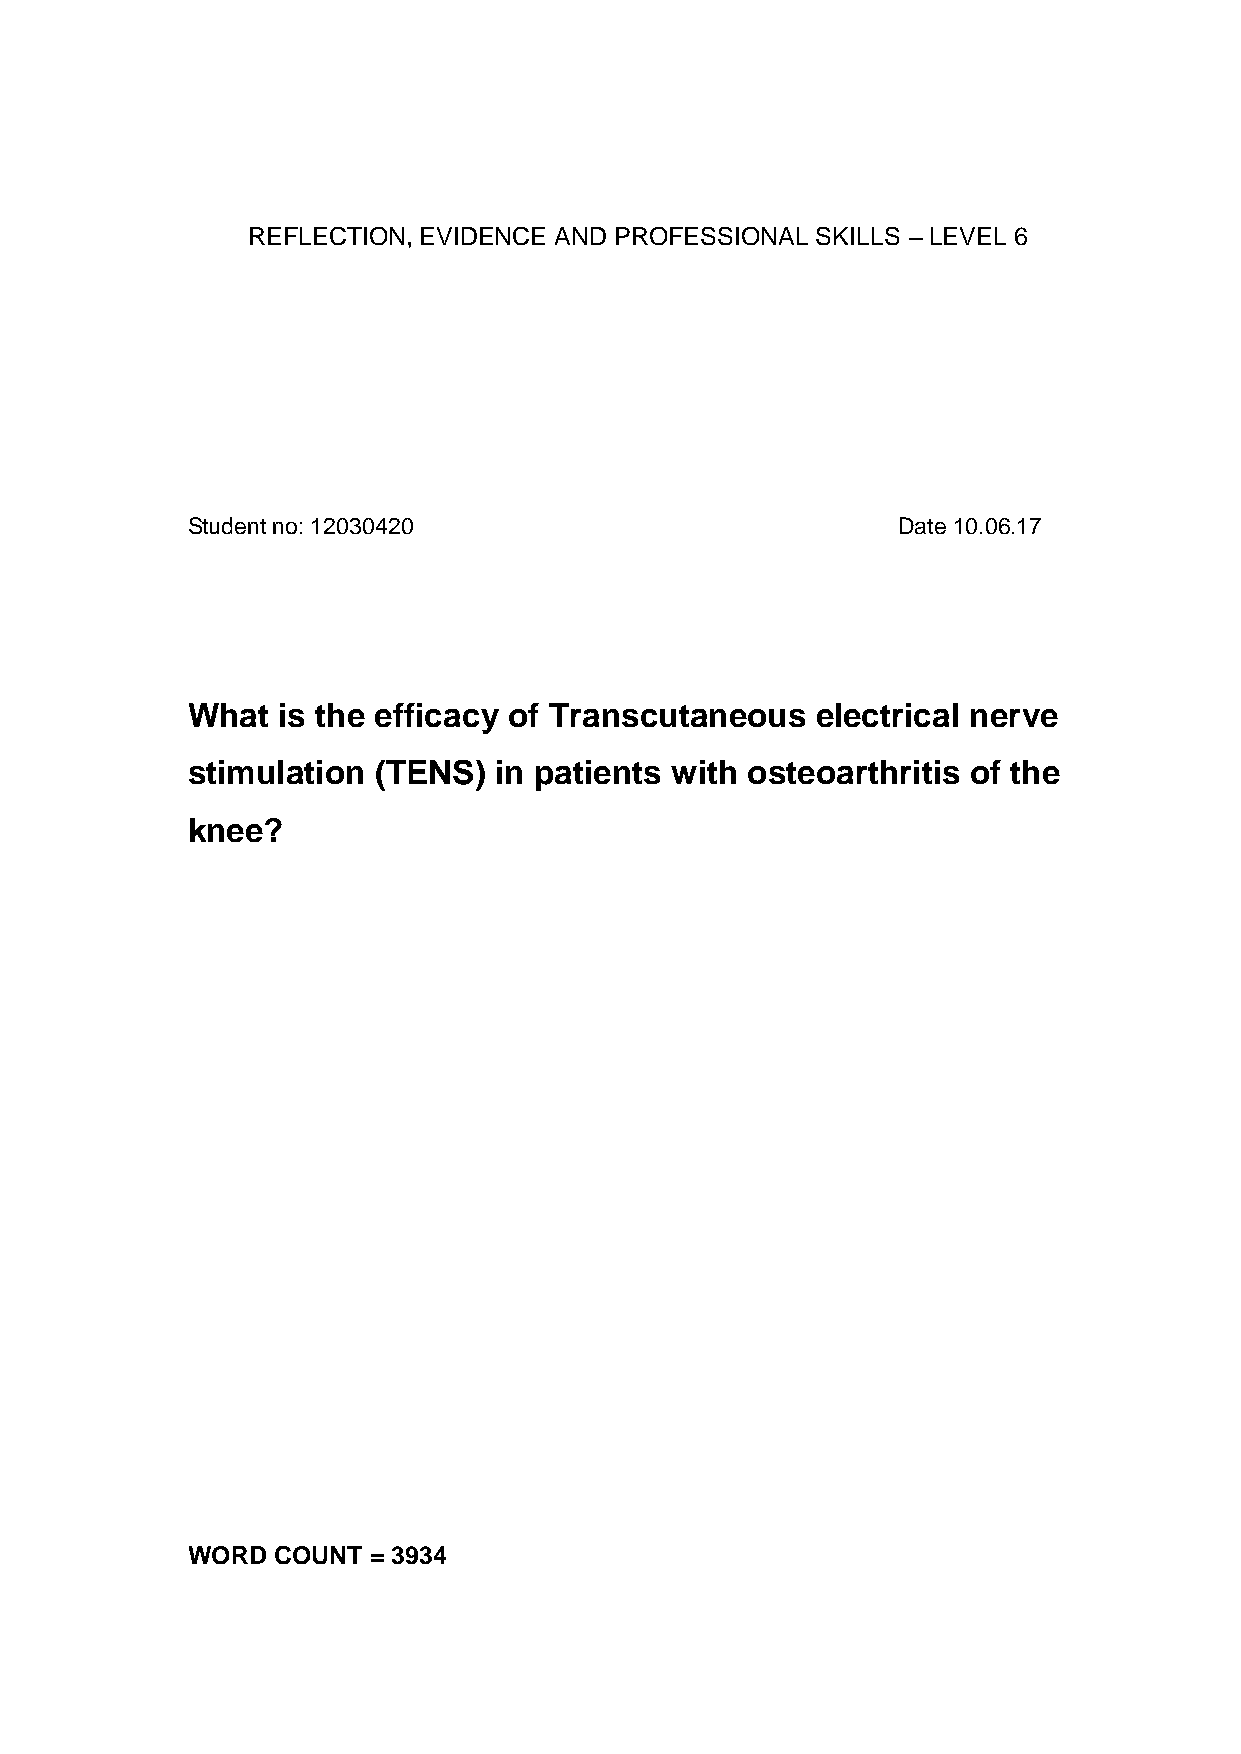
REFLECTION, EVIDENCE AND PROFESSIONAL SKILLS – LEVEL 6
 Student no: 12030420                           Date 10.06.17
 What  is the efficacy of Transcutaneous   electrical nerve
 stimulation  (TENS)  in patients with osteoarthritis of the
 knee?
 WORD  COUNT = 3934